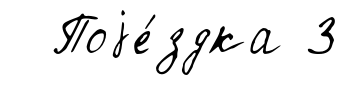
Поjе́здка 3